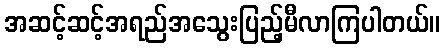
အဆင့်ဆင့်အရည်အသွေးပြည့်မီလာကြပါတယ်။